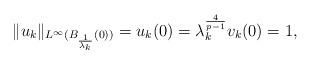
LaTeX: \begin{align*}\|u_k\|_{L^\infty(B_{\frac{1}{\lambda_k}}(0))}=u_k(0)=\lambda_k^{\frac{4}{p-1}}v_k(0)=1,\end{align*}